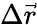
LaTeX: \Delta\vec{r}